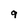
Character: 9